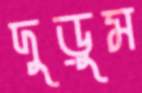
দুড়ুম